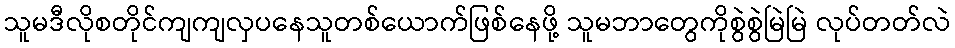
သူမဒီလိုစတိုင်ကျကျလှပနေသူတစ်ယောက်ဖြစ်နေဖို့ သူမဘာတွေကိုစွဲစွဲမြဲမြဲ လုပ်တတ်လဲ